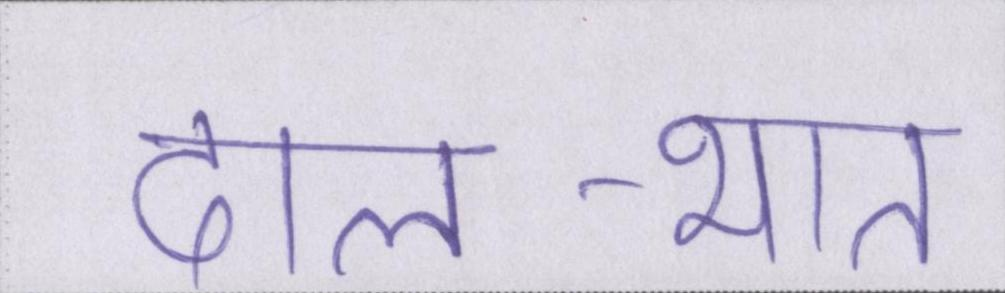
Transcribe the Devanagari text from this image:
दाल-भात